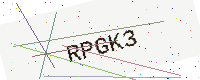
Text: RPGK3